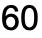
60